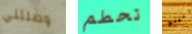
وصلتني تحطم ريبلي